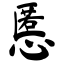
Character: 慝